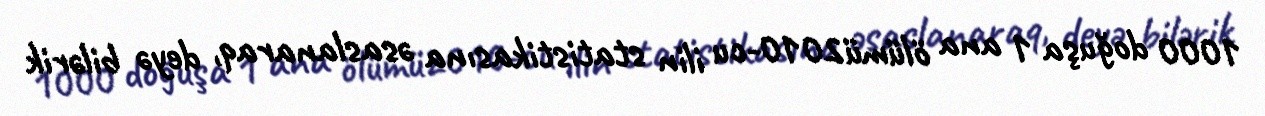
1000 doğuşa 1 ana ölümü2010-cu ilin statistikasına əsaslanaraq, deyə bilərik